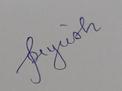
Signature authenticity: genuine